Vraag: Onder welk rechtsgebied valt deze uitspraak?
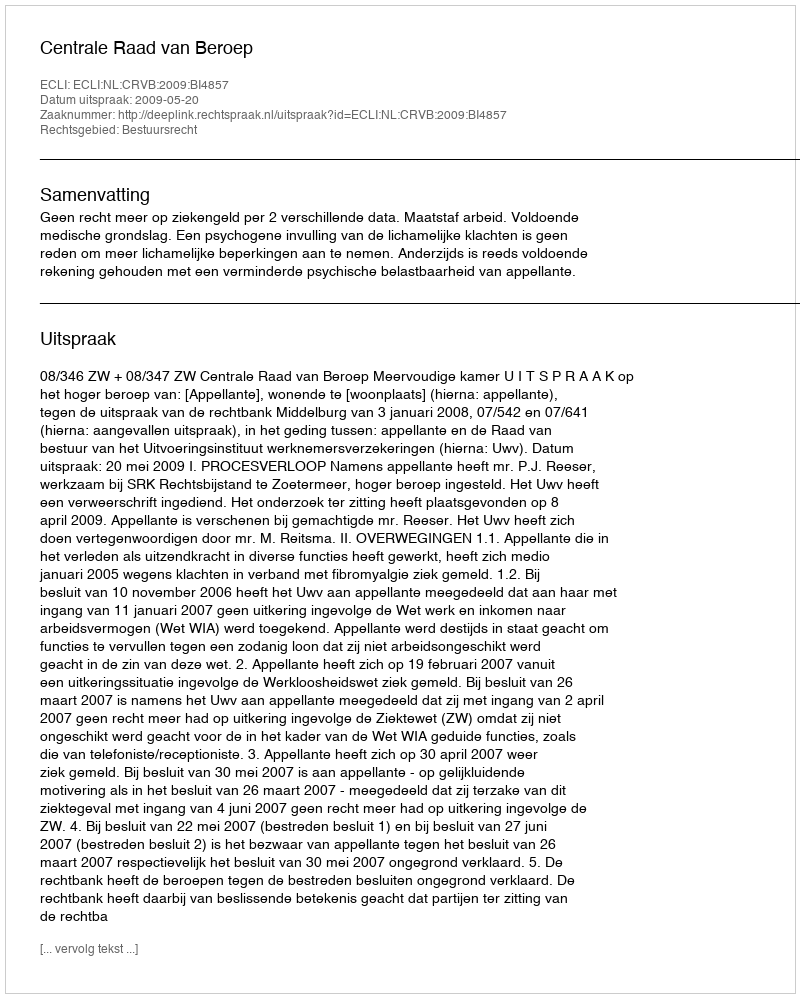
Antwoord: Bestuursrecht